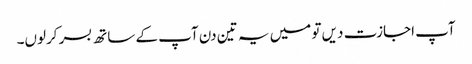
آپ اجازت دیں تو میں یہ تین دن آپ کے ساتھ بسر کرلوں۔